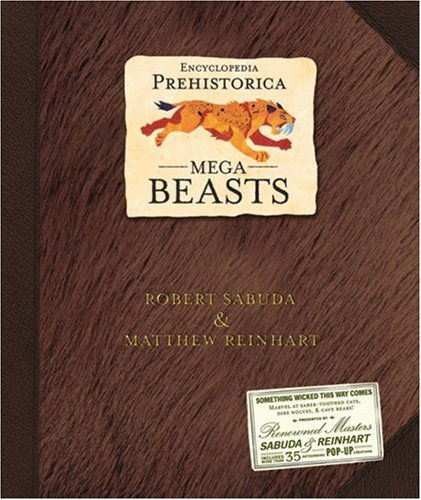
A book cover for Encyclopedia Prehistorica Mega-Beasts Pop-Up; Robert Sabuda; Reference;